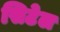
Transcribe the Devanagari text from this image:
सिटेल